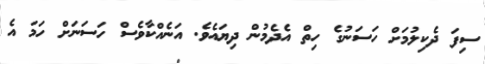
ސިފަ ދެކިލުމަށް ހަސަނުގެ ހިތް އެދެމުން ދިޔައެވެ. އަނެއްކާވެސް ހަސަނަށް ހަމަ އެ